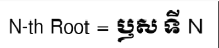
N-th Root = ឫស ទី N